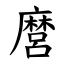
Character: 麿